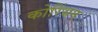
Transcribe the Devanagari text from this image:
कोरिंथन